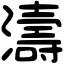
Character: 濤